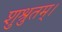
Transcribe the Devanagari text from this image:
शुश्रुतम्।